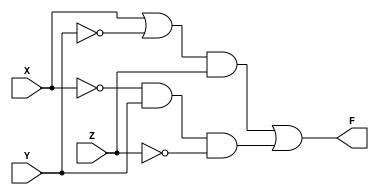
module task2_4(X, Y, Z, F);
    input X, Y, Z;
    output F;
    wire YN, XN, ZN, XYN, XYNZ, XNYZN;

    not not_XN(XN, X);
    not not_YN(YN, Y);
    not not_ZN(ZN, Z);

    or or_XYN(XYN, X, YN);
    and and_XYNZ(XYNZ, XYN, Z);
    and and_XNYZN(XNYZN, XN, Y, ZN);

    or or_F(F, XYNZ, XNYZN);
endmodule